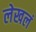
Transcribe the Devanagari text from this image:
लेखलं